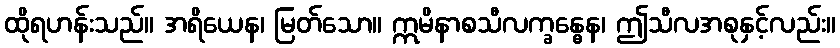
ထိုရဟန်းသည်။ အရိယေန၊ မြတ်သော။ ဣမိနာစသီလက္ခန္ဓေန၊ ဤသီလအစုနှင့်လည်း။